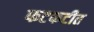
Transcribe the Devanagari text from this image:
फटफटीत